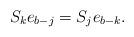
LaTeX: \begin{align*}S_ke_{b-j}=S_je_{b-k}.\end{align*}